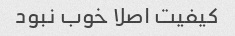
کیفیت اصلا خوب نبود